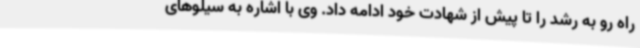
راه رو به رشد را تا پیش از شهادت خود ادامه داد. وی با اشاره به سیلوهای